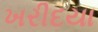
ખરીદયા